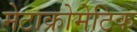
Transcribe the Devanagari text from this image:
मेटाक्रोमेटिक